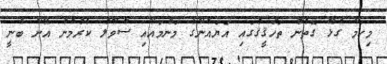
މިކަމާ ގުޅޭ ގޮތުން ތަހުޤީޤުގައި އަޔައްނާގެ މަންމައާއި ސުވާލު ކުރުމުން އޭނާ ބުނީ